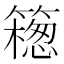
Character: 𥵅